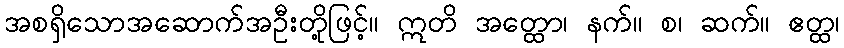
အစရှိသောအဆောက်အဦးတို့ဖြင့်။ ဣတိ အတ္ထော၊ နက်။ စ၊ ဆက်။ ဧတ္ထ၊